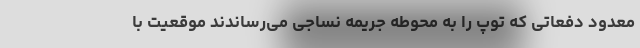
معدود دفعاتی که توپ را به محوطه جریمه نساجی می‌رساندند موقعیت با